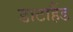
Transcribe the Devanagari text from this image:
डाटाहैंड